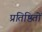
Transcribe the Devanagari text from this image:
प्रतिष्ठितों